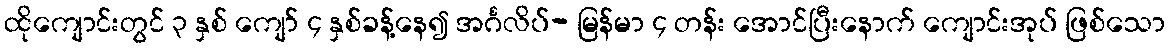
ထိုကျောင်းတွင် ၃ နှစ် ကျော် ၄ နှစ်ခန့်နေ၍ အင်္ဂလိပ်- မြန်မာ ၄ တန်း အောင်ပြီးနောက် ကျောင်းအုပ် ဖြစ်သော